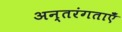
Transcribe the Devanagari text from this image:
अन्तरंगताएँ